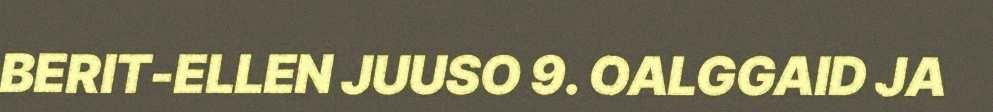
BERIT-ELLEN JUUSO 9. OALGGAID JA